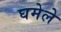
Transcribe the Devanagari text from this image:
घमेले